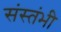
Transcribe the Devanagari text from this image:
संस्तंभी